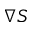
\nabla S